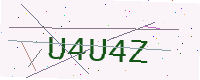
Text: U4U4Z